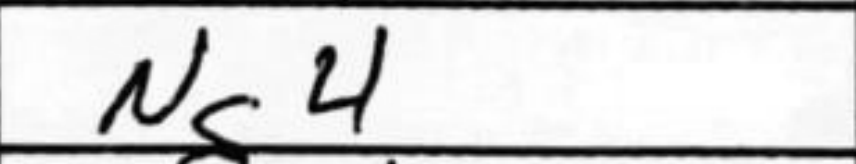
Transcription: Ng4